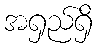
အရှည်ရှိ